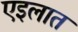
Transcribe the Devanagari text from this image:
एइलात